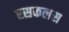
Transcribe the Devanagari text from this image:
रसकलस